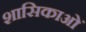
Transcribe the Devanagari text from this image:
शासिकाओं